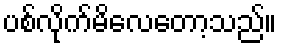
ပစ်လိုက်မိလေတော့သည်။